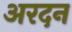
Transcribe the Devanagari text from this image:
अरदन